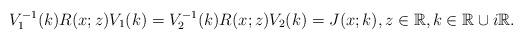
LaTeX: \begin{align*}V_1^{-1}(k) R(x;z) V_1(k)=V_2^{-1}(k) R(x;z) V_2(k)=J(x;k),z \in \mathbb{R}, k \in \mathbb{R} \cup i \mathbb{R}.\end{align*}